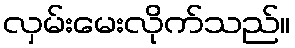
လှမ်းမေးလိုက်သည်။